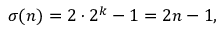
\sigma ( n ) = 2 \cdot 2 ^ { k } - 1 = 2 n - 1 ,